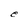
Character: e